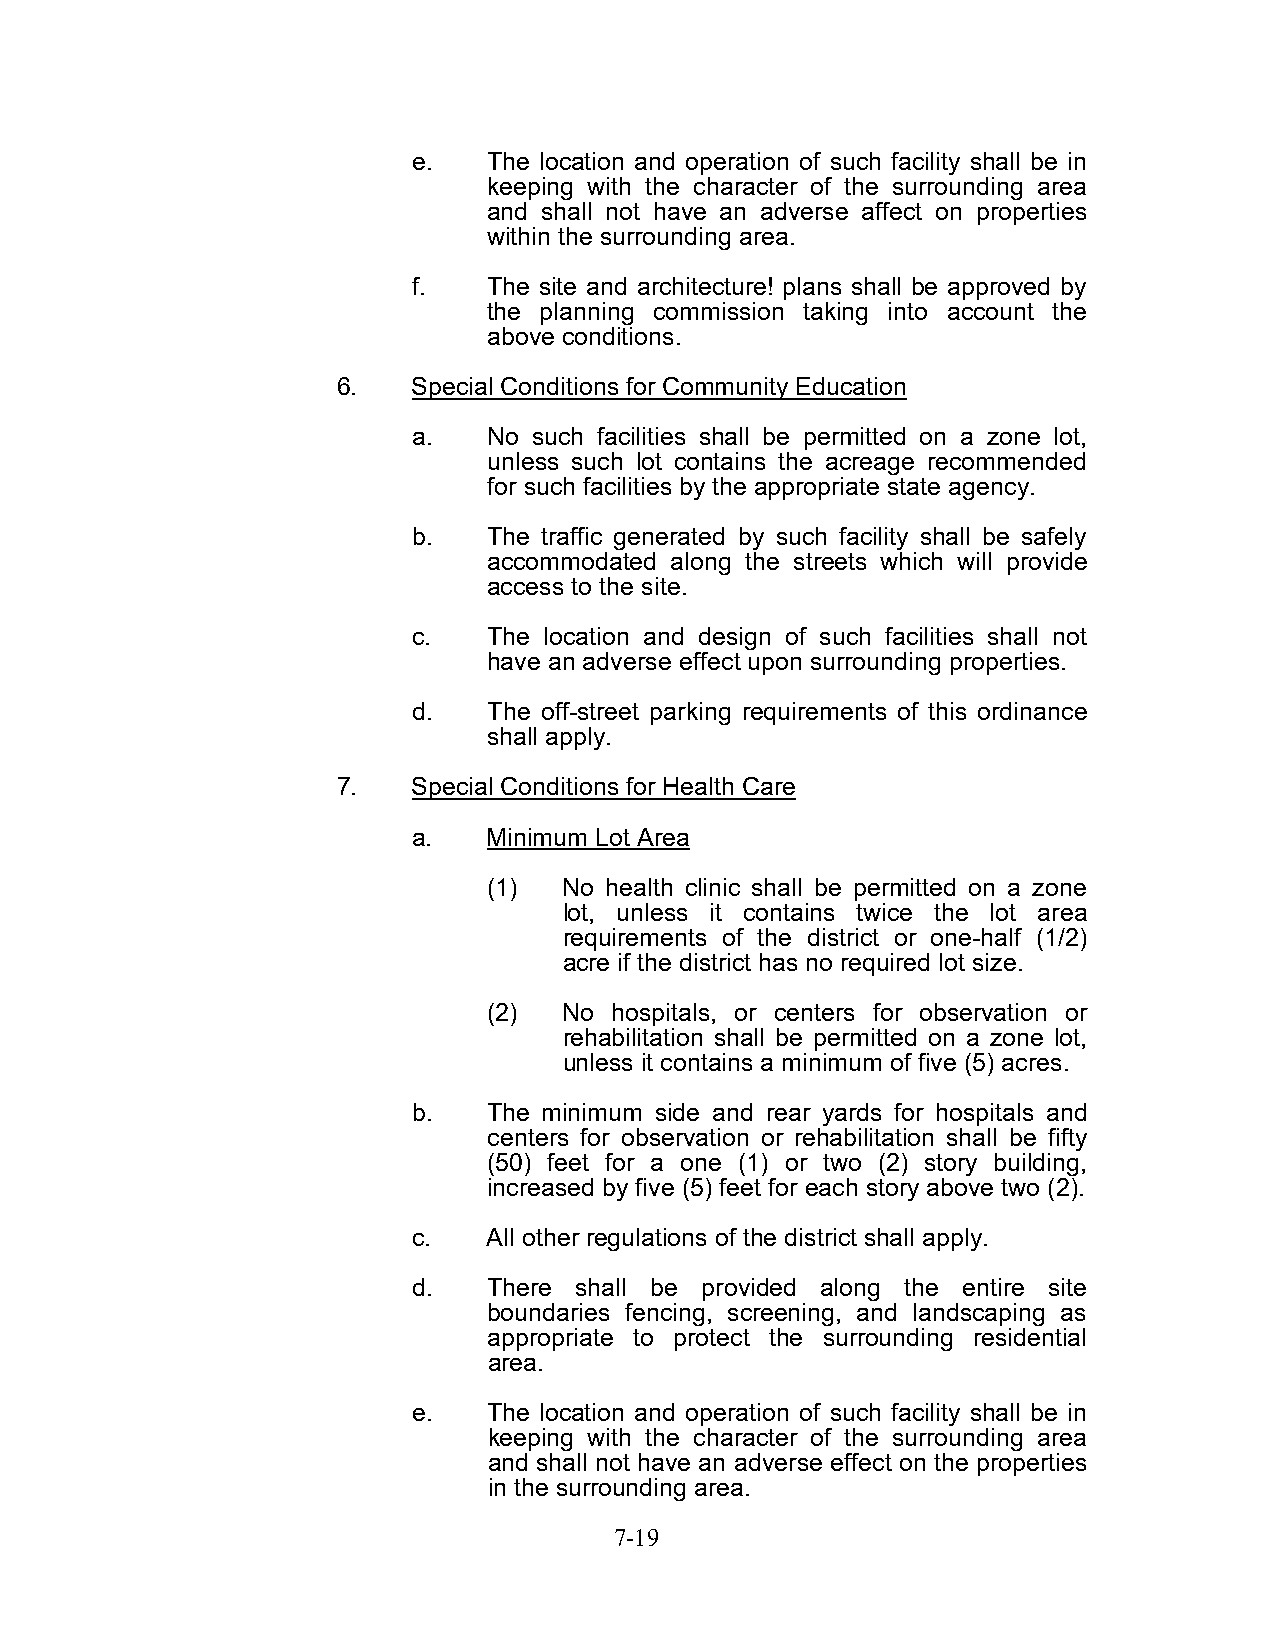
e.   The location and operation of such facility shall be in
 keeping with the character of the surrounding area
 and shall not have an adverse affect on properties
 within the surrounding area.
 f.   The site and architecture! plans shall be approved by
 the planning commission taking into account the
 above conditions.
 6.   Special Conditions for Community Education
 a.   No such facilities shall be permitted on a zone lot,
 unless such lot contains the acreage recommended
 for such facilities by the appropriate state agency.
 b.   The traffic generated by such facility shall be safely
 accommodated along the streets which will provide
 access to the site.
 c.   The location and design of such facilities shall not
 have an adverse effect upon surrounding properties.
 d.   The off-street parking requirements of this ordinance
 shall apply.
 7.   Special Conditions for Health Care
 a.   Minimum Lot Area
 (1)  No health clinic shall be permitted on a zone
 lot, unless it contains twice the lot area
 requirements of the district or one-half (1/2)
 acre if the district has no required lot size.
 (2)  No hospitals, or centers for observation or
 rehabilitation shall be permitted on a zone lot,
 unless it contains a minimum of five (5) acres.
 b.   The minimum side and rear yards for hospitals and
 centers for observation or rehabilitation shall be fifty
 (50) feet for a one (1) or two (2) story building,
 increased by five (5) feet for each story above two (2).
 c.   All other regulations of the district shall apply.
 d.   There shall be provided along the entire site
 boundaries fencing, screening, and landscaping as
 appropriate to protect the surrounding residential
 area.
 e.   The location and operation of such facility shall be in
 keeping with the character of the surrounding area
 and shall not have an adverse effect on the properties
 in the surrounding area.
 7-19